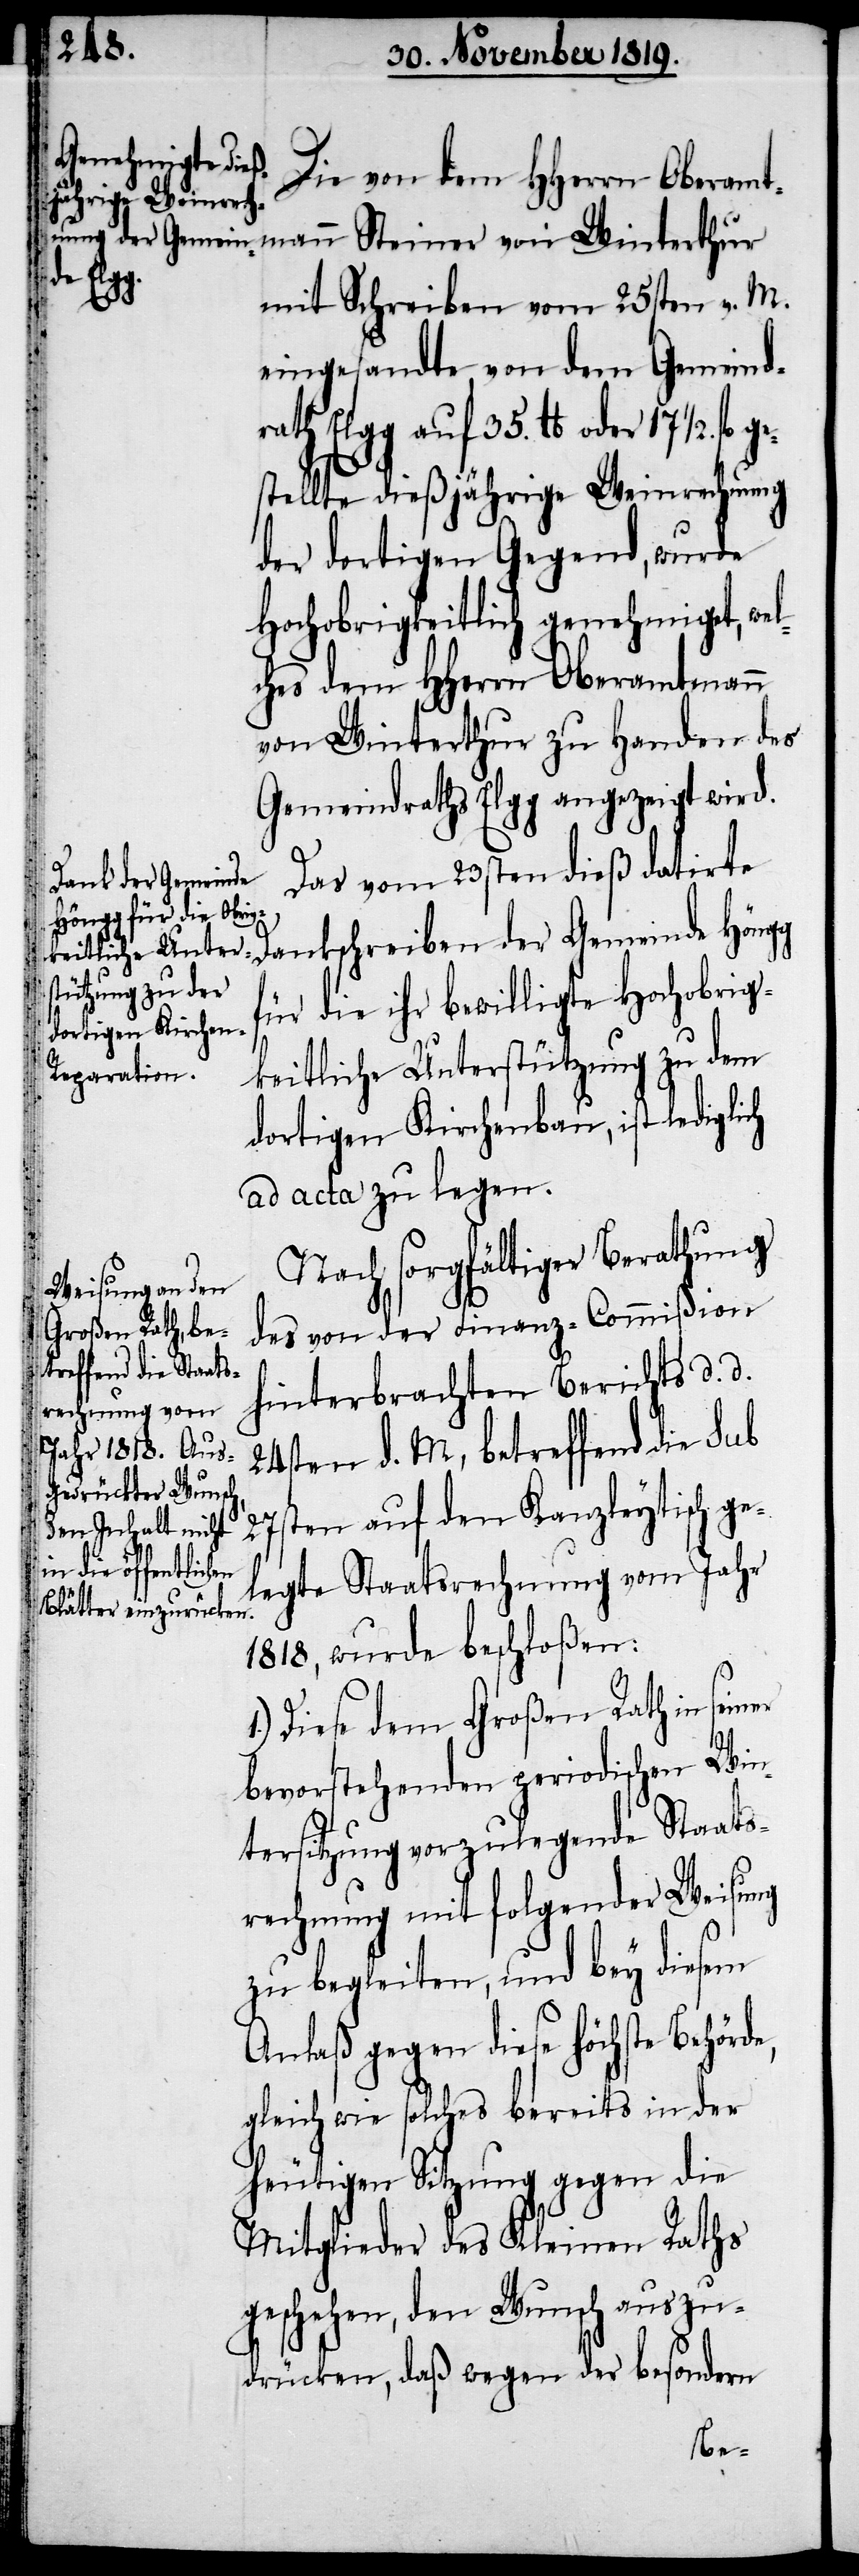
Die von dem HHerrn Oberamtm¬
fl. ge¬
mit Schreiben vom 25sten v. M.
eingesandte von dem Gemeind¬
rath Elgg auf 35. lb. oder 17 ½.
stellte dießjährige Weinrechnung
der dortigen Gegend, wurde
Hochobrigkeitlich genehmiget, we¬
lches dem HHerrn Oberamtmann
von Winterthur zu Handen des
Gemeindraths Elgg angezeigt wird.
Das vom 23sten dieß datirte
Dankschreiben der Gemeinde Höngg
für die ihr bewilligte Hochobrig¬
keitliche Unterstützung zu dem
dortigen Kirchenbau, ist lediglich
ad acta zu legen.
Nach sorgfältiger Berathung
des von der Finanz-Commißion
hinterbrachten Berichts d. d.
24sten d. M., betreffend die sub
27sten auf den Kanzleytisch ge¬
legte Staatsrechnung vom Jahr
1818, wurde beschloßen:
er
Diese dem Großen Rath in sein¬
bevorstehenden periodischen Win¬
tersitzung vozulegende Staats¬
rechnung mit folgender Weisung
zu begleiten, und bey diesem
Anlaß gegen diese höchste Behörde,
gleich wie solches bereits in der
heutigen Sitzung gegen die
Mitglieder des Kleinen Raths
geschehen, den Wunsch auszu¬
drücken, daß wegen der besondern